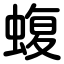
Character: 蝮